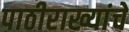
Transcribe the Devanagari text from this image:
पाठीराख्यांचे